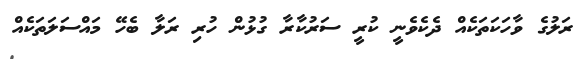
ރަލުގެ ވާހަކަތަކެއް ދެކެވެނީ ކުރީ ސަރުކާރާ ގުޅުން ހުރި ރަލާ ބެހޭ މައްސަލަތަކެއް